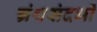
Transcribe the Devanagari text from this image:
ग्रंथसंदर्भों